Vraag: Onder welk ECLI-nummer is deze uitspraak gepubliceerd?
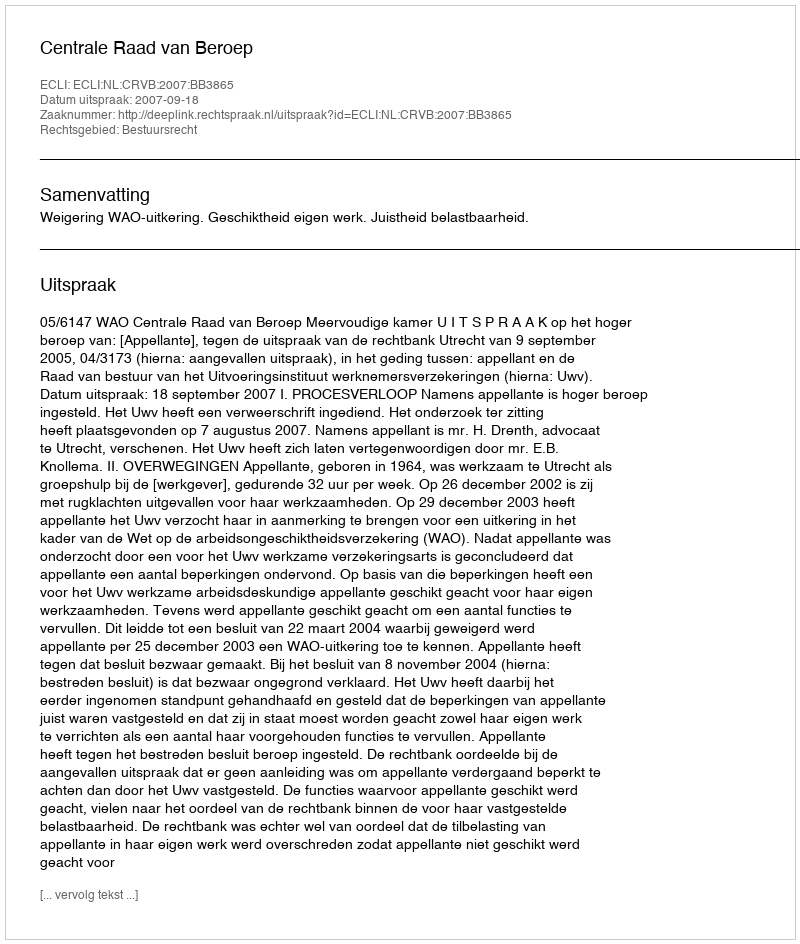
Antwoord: ECLI:NL:CRVB:2007:BB3865